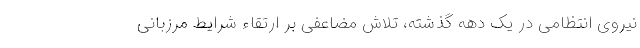
نیروی انتظامی در یک دهه گذشته، تلاش مضاعفی بر ارتقاء شرایط مرزبانی